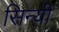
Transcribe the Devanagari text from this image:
सिन्यी